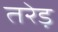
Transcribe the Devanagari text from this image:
तरेड़